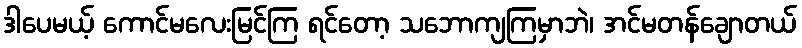
ဒါပေမယ့် ကောင်မလေးမြင်ကြ ရင်တော့ သဘောကျကြမှာဘဲ၊ အင်မတန်ချောတယ်